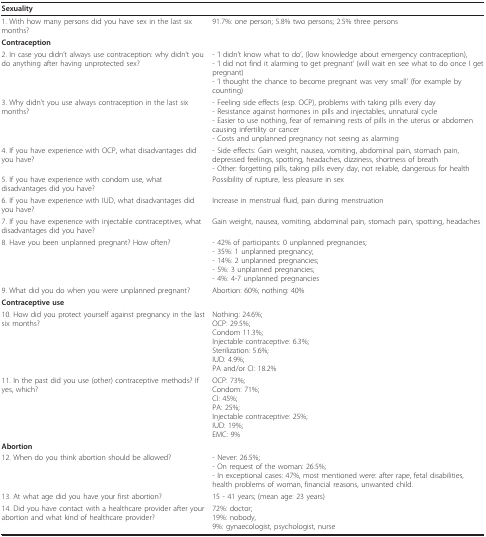
<table><thead><tr><td colspan="2"><b>Sexuality</b></td></tr></thead><tbody><tr><td>1. With how many persons did you have sex in the last six months?</td><td>91.7%: one person; 5.8% two persons; 2.5% three persons</td></tr><tr><td colspan="2"><b>Contraception</b></td></tr><tr><td>2. In case you didn't always use contraception: why didn't you do anything after having unprotected sex?</td><td>- 'I didn't know what to do', (low knowledge about emergency contraception),- 'I did not find it alarming to get pregnant' (will wait en see what to do once I get pregnant)- 'I thought the chance to become pregnant was very small' (for example by counting)</td></tr><tr><td>3. Why didn't you use always contraception in the last six months?</td><td>- Feeling side effects (esp. OCP), problems with taking pills every day- Resistance against hormones in pills and injectables, unnatural cycle- Easier to use nothing, fear of remaining rests of pills in the uterus or abdomen causing infertility or cancer- Costs and unplanned pregnancy not seeing as alarming</td></tr><tr><td>4. If you have experience with OCP, what disadvantages did you have?</td><td>- Side effects: Gain weight, nausea, vomiting, abdominal pain, stomach pain, depressed feelings, spotting, headaches, dizziness, shortness of breath- Other: forgetting pills, taking pills every day, not reliable, dangerous for health</td></tr><tr><td>5. If you have experience with condom use, what disadvantages did you have?</td><td>Possibility of rupture, less pleasure in sex</td></tr><tr><td>6. If you have experience with IUD, what disadvantages did you have?</td><td>Increase in menstrual fluid, pain during menstruation</td></tr><tr><td>7. If you have experience with injectable contraceptives, what disadvantages did you have?</td><td>Gain weight, nausea, vomiting, abdominal pain, stomach pain, spotting, headaches</td></tr><tr><td>8. Have you been unplanned pregnant? How often?</td><td>- 42% of participants: 0 unplanned pregnancies;- 35%: 1 unplanned pregnancy;- 14%: 2 unplanned pregnancies;- 5%: 3 unplanned pregnancies;- 4%: 4-7 unplanned pregnancies</td></tr><tr><td>9. What did you do when you were unplanned pregnant?</td><td>Abortion: 60%; nothing: 40%</td></tr><tr><td colspan="2"><b>Contraceptive use</b></td></tr><tr><td>10. How did you protect yourself against pregnancy in the last six months?</td><td>Nothing: 24.6%;OCP: 29.5%;Condom 11.3%;Injectable contraceptive: 6.3%;Sterilization: 5.6%;IUD: 4.9%;PA and/or CI: 18.2%</td></tr><tr><td>11. In the past did you use (other) contraceptive methods? If yes, which?</td><td>OCP: 73%;Condom: 71%;CI: 45%;PA: 25%;Injectable contraceptive: 25%;IUD: 19%;EMC: 9%</td></tr><tr><td colspan="2"><b>Abortion</b></td></tr><tr><td>12. When do you think abortion should be allowed?</td><td>- Never: 26.5%;- On request of the woman: 26.5%;- In exceptional cases: 47%, most mentioned were: after rape, fetal disabilities, health problems of woman, financial reasons, unwanted child.</td></tr><tr><td>13. At what age did you have your first abortion?</td><td>15 - 41 years; (mean age: 23 years)</td></tr><tr><td>14. Did you have contact with a healthcare provider after your abortion and what kind of healthcare provider?</td><td>72%: doctor;19%: nobody,9%: gynaecologist, psychologist, nurse</td></tr></tbody></table>